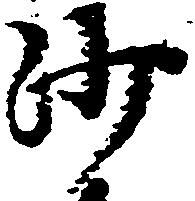
沙